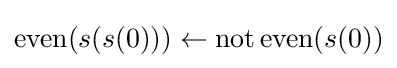
\operatorname {even} (s(s(0)))\leftarrow \operatorname {not} \operatorname {even} (s(0))